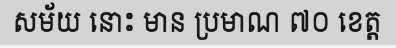
សម័យ នោះ មាន ប្រមាណ ៧០ ខេត្ត